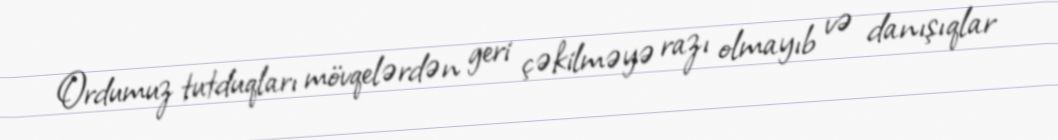
Ordumuz tutduqları mövqelərdən geri çəkilməyə razı olmayıb və danışıqlar